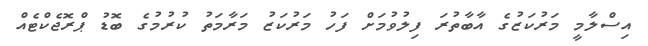
އިސްލާމީ މަރުކަޒުގެ އާބާތުރަ ފިލުވުމަށް ފަހު މަރުކަޒު މަރާމަތު ކުރުމުގެ ބޮޑު ޕްރޮޖެކްޓެއް